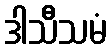
ဒါသီသမံ